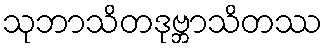
သုဘာသိတဒုဗ္ဘာသိတဿ